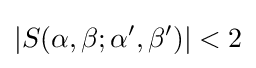
|S(\alpha ,\beta ;\alpha ',\beta ')|<2